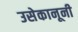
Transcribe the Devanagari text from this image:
उसेकानूनी